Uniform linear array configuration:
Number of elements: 8
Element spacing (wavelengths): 1
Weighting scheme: uniform
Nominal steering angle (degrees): -15
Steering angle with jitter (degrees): -15.443
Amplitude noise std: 0.05
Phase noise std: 0.05

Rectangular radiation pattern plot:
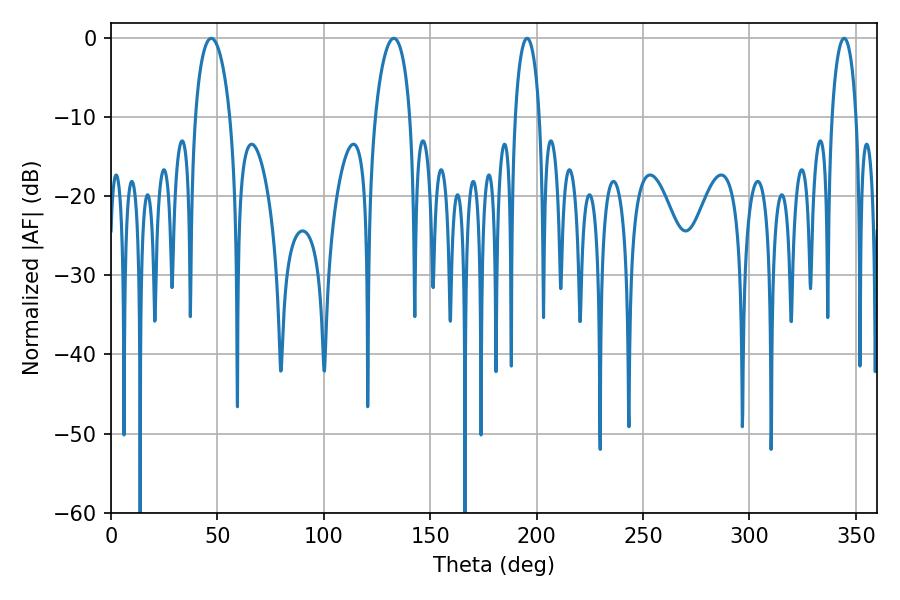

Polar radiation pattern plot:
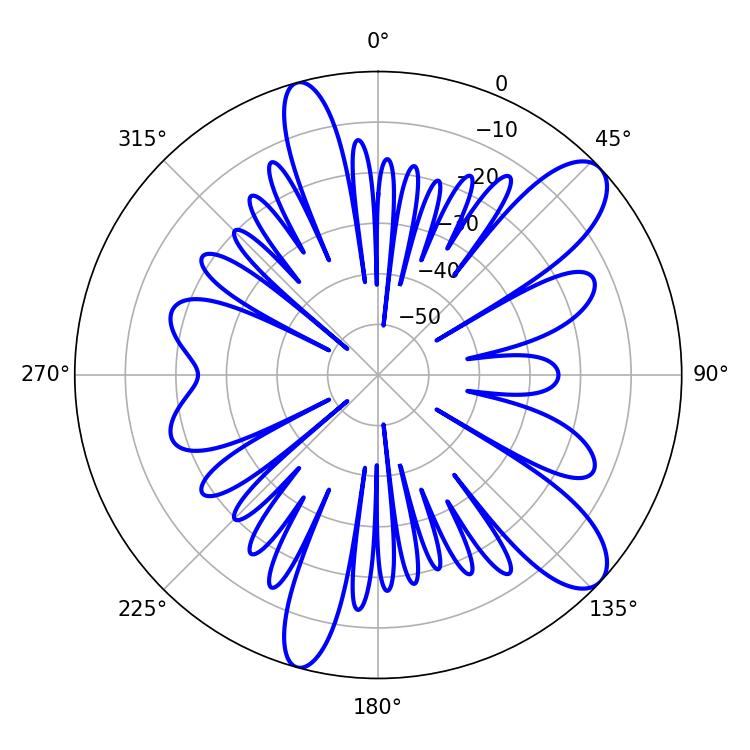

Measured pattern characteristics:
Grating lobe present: TRUE
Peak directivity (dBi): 10.251
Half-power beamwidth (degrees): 6.48
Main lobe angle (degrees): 344.52